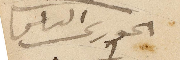
الخوري الياس